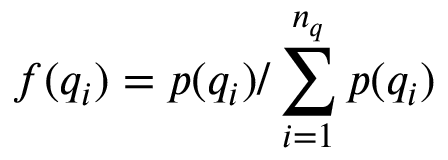
f ( q _ { i } ) = p ( q _ { i } ) / \sum _ { i = 1 } ^ { n _ { q } } p ( q _ { i } )